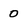
Character: 0